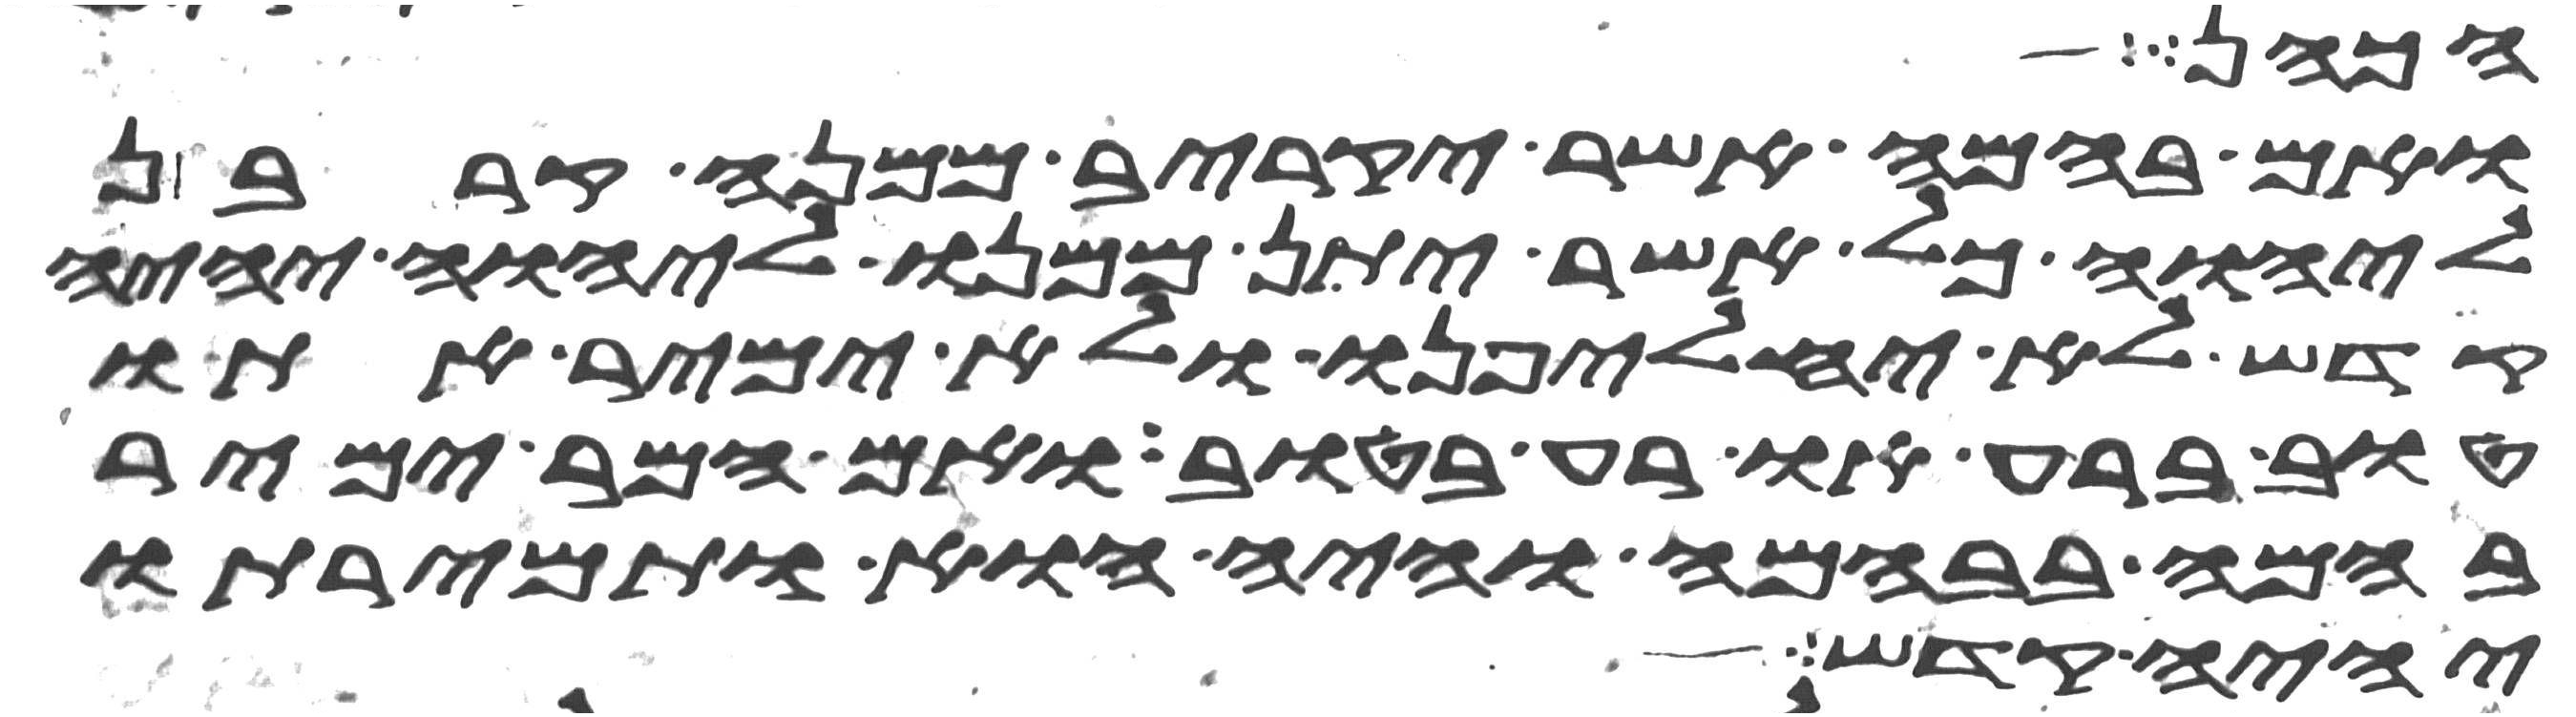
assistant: הכהן
ואם בהמה אשר יקריב ממנה קרבן
ליהוה כל אשר יתן ממנו ליהוה יהיה
קדש לא יחלפנו ולא ימיר אתו
טוב ברע או רע בטוב ואם המר ימיר
בהמה בבהמה והיה הוא ותמירתו
יהיה קדש